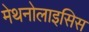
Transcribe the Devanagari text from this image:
मेथनोलाइसिस